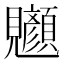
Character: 𫌧